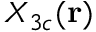
X _ { 3 c } ( \mathbf { r } )